Civil Veterinary Dept. North-West Frontier Province 1901-22 - 1901-1922
Year: 1901
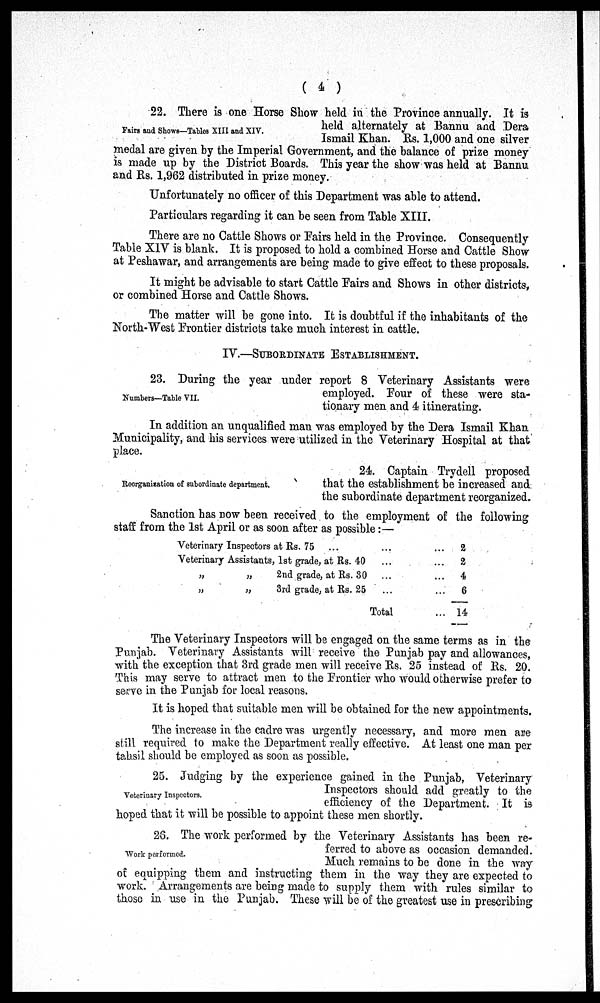
(4)
Fairs and Shows—Tables XIII and XIV.
22. There is one Horse Show held in the Province annually. It is
held alternately at Bannu and Dera
Ismail Khan. Rs. 1,000 and one silver
medal are given by the Imperial Government, and the balance of prize money
is made up by the District Boards. This year the show was held at Bannu
and Rs. 1,962 distributed in prize money.
Unfortunately no officer of this Department was able to attend.
Particulars regarding it can be seen from Table XIII.
There are no Cattle Shows or Fairs held in the Province. Consequently
Table XIV is blank. It is proposed to hold a combined Horse and Cattle Show
at Peshawar, and arrangements are being made to give effect to these proposals.
It might be advisable to start Cattle Fairs and Shows in other districts,
or combined Horse and Cattle Shows.
The matter will be gone into. It is doubtful if the inhabitants of the
North-West Frontier districts take much interest in cattle.
IV.—SUBORDINATE ESTABLISHMENT.
Numbers—Table VII.
23. During the year under report 8 Veterinary Assistants were
employed. Four of these were sta-
tionary men and 4 itinerating.
In addition an unqualified man was employed by the Dera Ismail Khan
Municipality, and his services were utilized in the Veterinary Hospital at that
place.
Reorganization of subordinate department.
24. Captain Trydell proposed
that the establishment be increased and
the subordinate department reorganized.,
Sanction has now been received to the employment of the following
staff from the 1st April or as soon after as possible :—
Veterinary Inspectors at Rs. 75 ...
Veterinary Assistants, 1st grade, at Rs. 40
„
„
2nd grade, at Rs. 30
„
„
3rd grade, at Rs. 25
...
...
...
...
Total
...
2
...
2
...
4
...
6
... 14
The Veterinary Inspectors will be engaged on the same terms as in the
Punjab. Veterinary Assistants will receive the Punjab pay and allowances,
with the exception that 3rd grade men will receive Rs. 25 instead of Rs. 20.
This may serve to attract men to the Frontier who would otherwise prefer to
serve in the Punjab for local reasons.
It is hoped that suitable men will be obtained for the new appointments.
The increase in the cadre was urgently necessary, and more men are
still required to make the Department really effective. At least one man per
tabsil should be employed as soon as possible.
Veterinary Inspectors.
25. Judging by the experience gained in the Punjab, Veterinary
Inspectors should add greatly to the
efficiency of the Department. It is
hoped that it will be possible to appoint these men shortly.
Work performed.
26. The work performed by the Veterinary Assistants has been re-
ferred to above as occasion demanded.
Much remains to be done in the way
of equipping them and instructing them in the way they are expected to
work. Arrangements are being made to supply them with rules similar to
those in use in the Punjab. These will be of the greatest use in prescribing